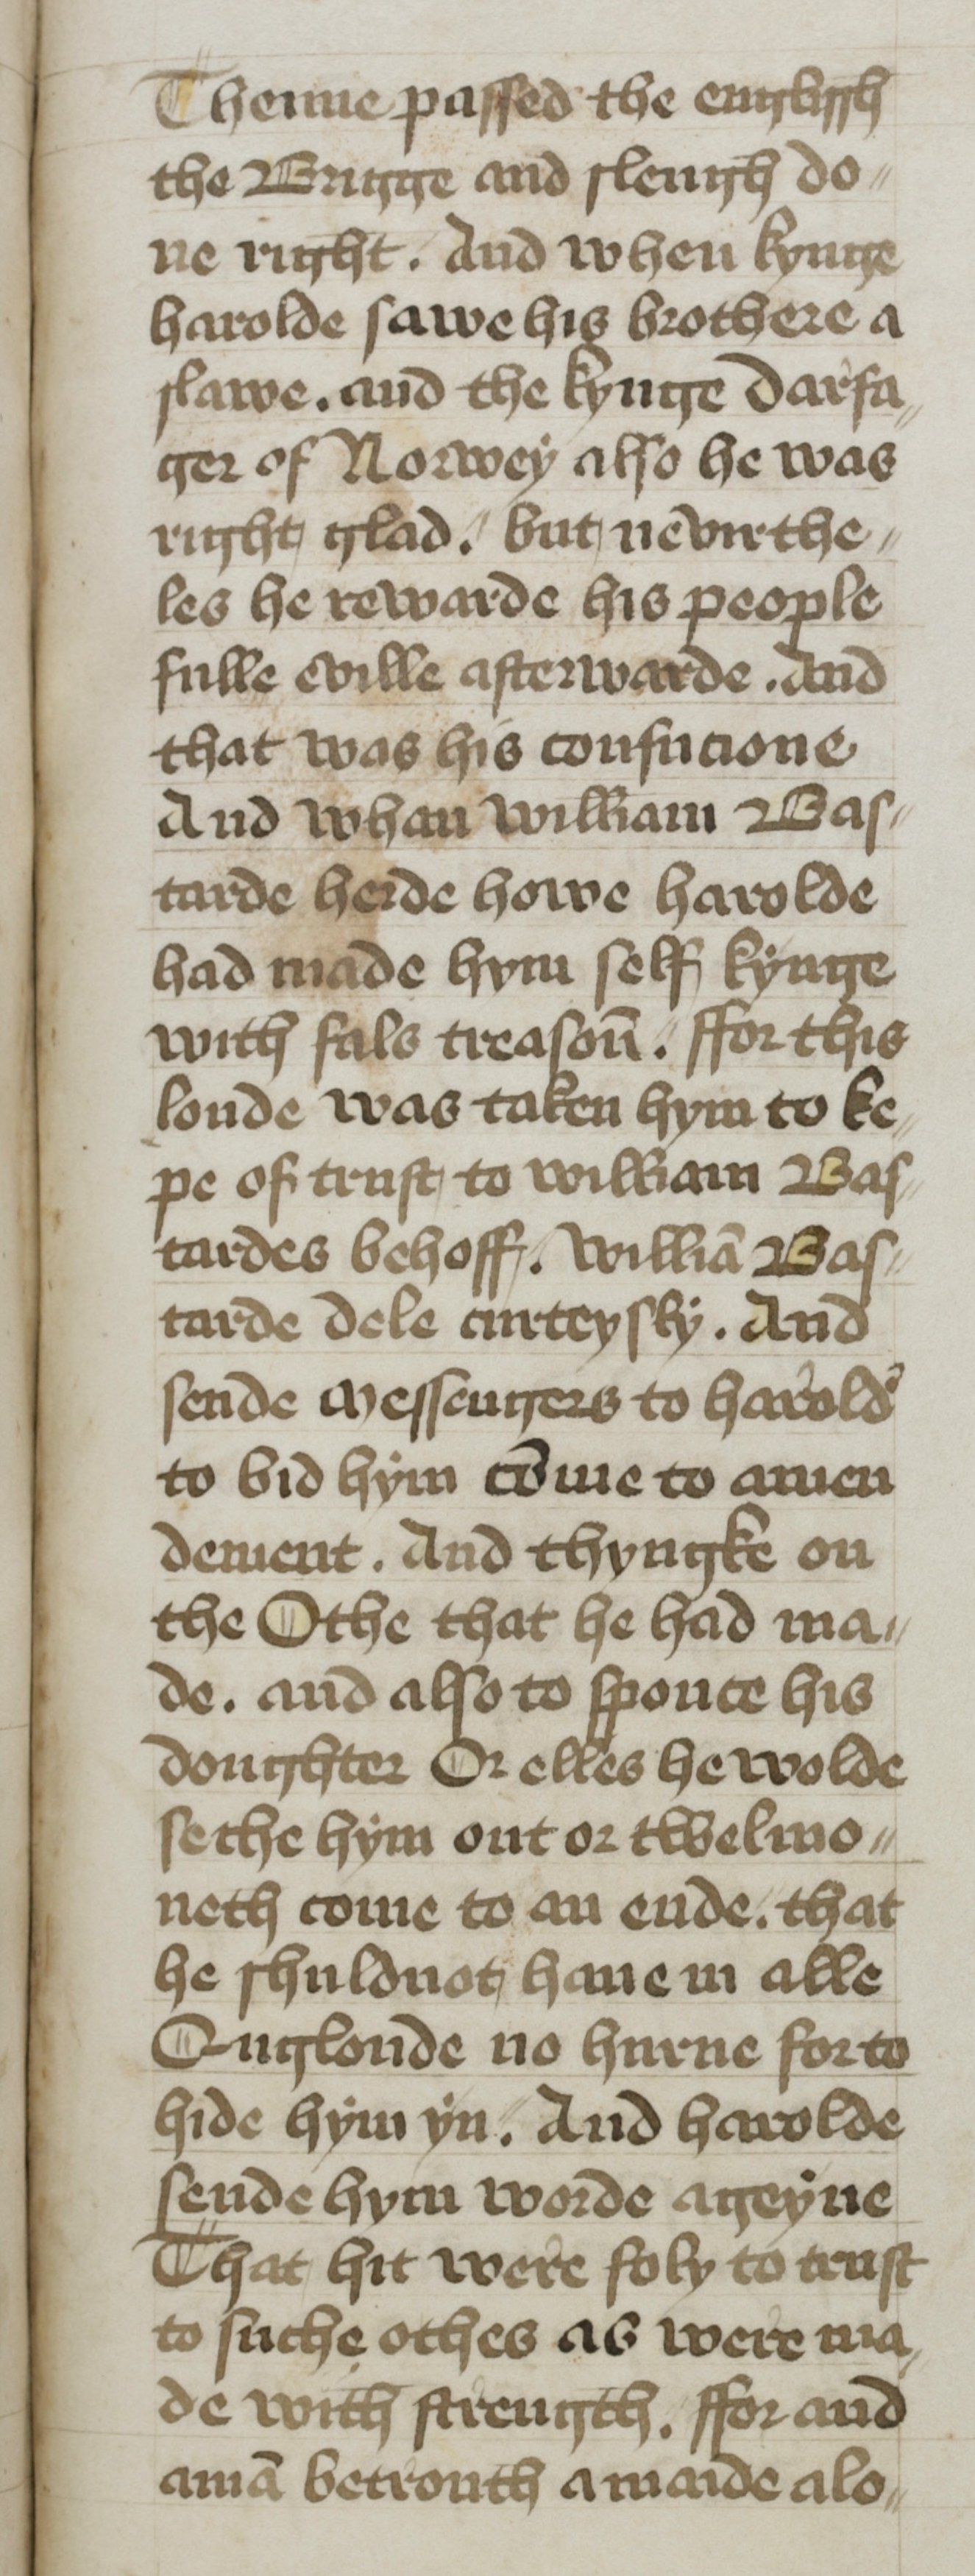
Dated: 1400–1499